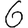
Digit: 6